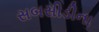
સબસીડીના